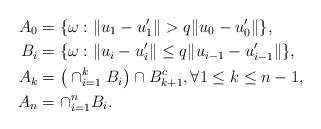
LaTeX: \begin{align*} A_0 &= \{\omega:\|u_1-u_1'\|>q \|u_0-u_0'\|\}, \\ B_i &= \{\omega:\|u_i-u_i'\|\leq q \|u_{i-1}-u_{i-1}'\|\}, \\ A_k &= \big(\cap_{i=1}^kB_i\big)\cap B_{k+1}^c, \forall 1\leq k\leq n-1, \\ A_{n} &= \cap_{i=1}^{n}B_i.\end{align*}